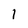
Character: 1